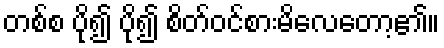
တစ်စ ပို၍ ပို၍ စိတ်ဝင်စားမိလေတော့၏။